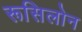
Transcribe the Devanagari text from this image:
रूसिलोन